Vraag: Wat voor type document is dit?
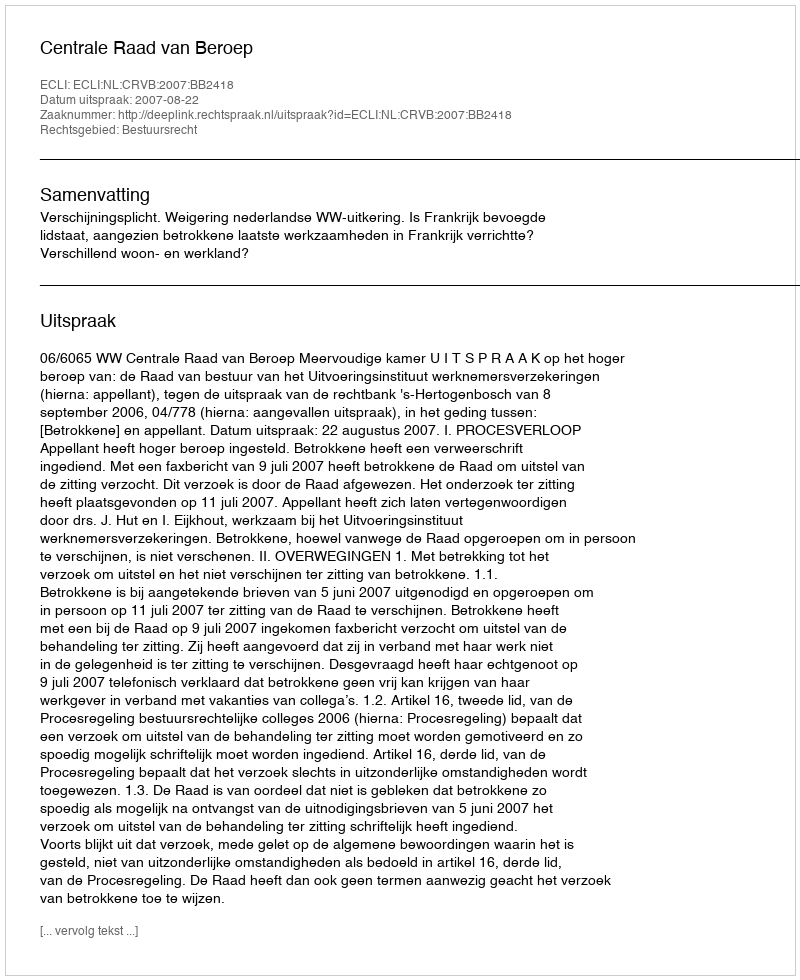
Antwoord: Uitspraak